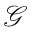
\scriptstyle { \mathcal { G } }